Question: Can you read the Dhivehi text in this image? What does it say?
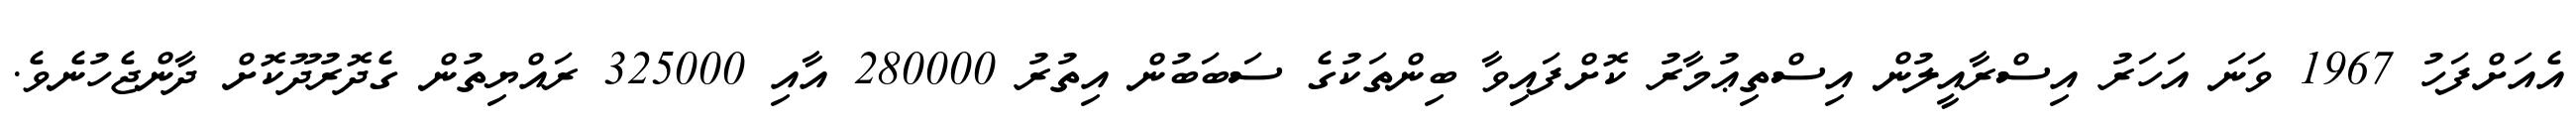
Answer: އެއަށްފަހު 1967 ވަނަ އަހަރު އިސްރާއީލުން އިސްތިޢުމާރު ކޮށްފައިވާ ބިންތަކުގެ ސަބަބުން އިތުރު 280000 އާއި 325000 ރައްޔިތުން ގެދޮރުދޫކޮށް ދާންޖެހުނެވެ.